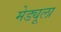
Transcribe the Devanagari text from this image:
मेड्यूला